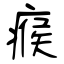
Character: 瘊